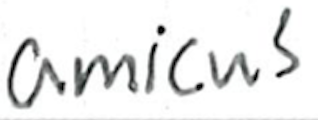
Text: amicus
Cross-out: clean
Writing tool: ballpoint